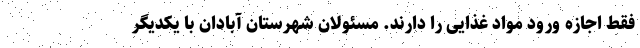
فقط اجازه ورود مواد غذایی را دارند. مسئولان شهرستان آبادان با یکدیگر